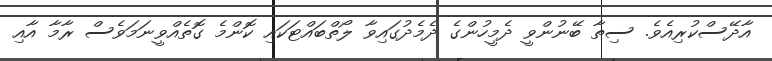
އާދޭސްކުރިއެވެ. ސިތާ ބޭނުންވީ ދެމީހުންގެ ދެމެދުގައިވާ ލޯތްބައްޓަކައި ކޮންމެ ގޮތެއްވީނަމަވެސް ރާމާ އާއި